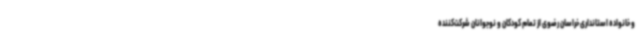
و خانواده استانداری خراسان رضوی از تمام کودکان و نوجوانان شرکت‌کننده